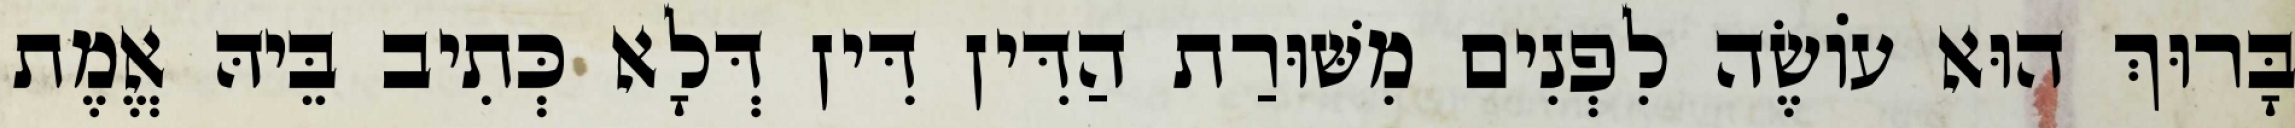
בָּרוּךְ הוּא עוֹשֶׂה לִפְנִים מִשּׁוּרַת הַדִּין דִּין דְּלָא כְּתִיב בֵּיהּ אֱמֶת